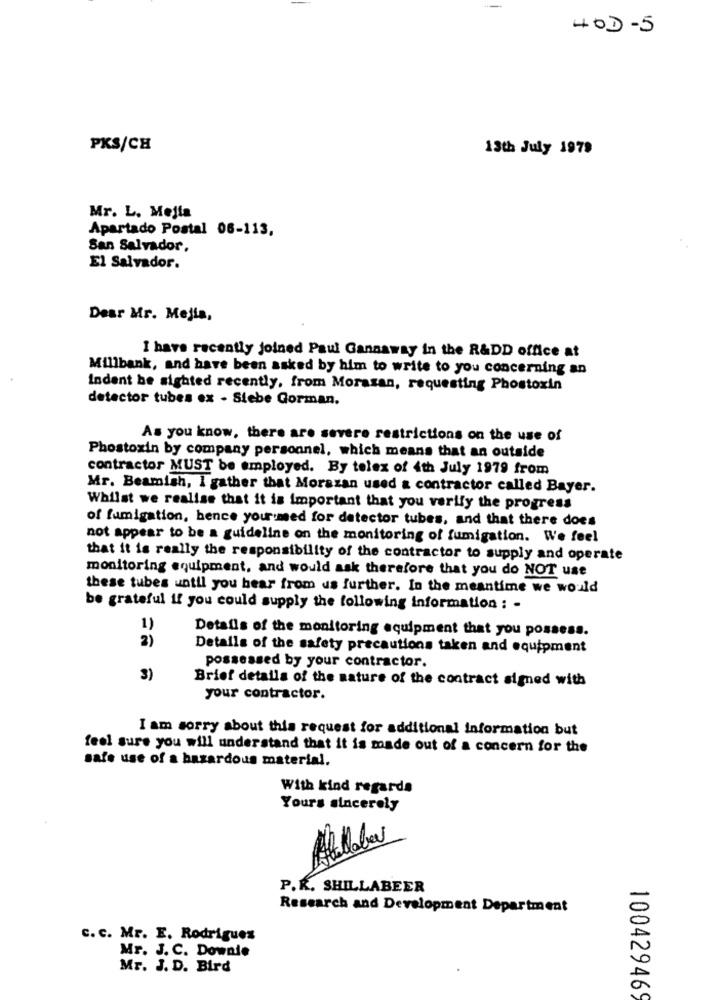
HOD-5
PKS/CH
13th July 1979
Mr. L. Mejla
Apartado Postal 06-113,
San Salvador,
El Salvador.
Dear Mr. Mejis,
I have recently joined Paul Gannaway in the R&DD office at
Millbank, and have been asked by him to write to you concerning an
Indent be sighted recently, from Morazan, requesting Phostoxin
detector tubes ex - Siebe Gorman.
As you know, there are severe restrictions on the use of
Phostoxin by company personnel, which means that an outside
contractor MUST be employed. By telex of 4th July 1979 from
Mr. Beamish, I gather that Morazan used a contractor called Bayer.
Whilst we realise that it is important that you verify the progress
of fumigation, hence your med for detector tubes, and that there does
not appear to be a guideline on the monitoring of fumigation. We feel
that it is really the responsibility of the contractor to supply and operate
monitoring equipment, and would ask therefore that you do NOT use
these tubes until you hear from us further. In the meantime we would
be grateful if you could supply the following information : -
1)
Details of the monitoring equipment that you possess.
2)
Details of the safety precautions taken and equipment
possessed by your contractor.
3)
Brief details of the nature of the contract signed with
your contractor.
I am sorry about this request for additional information but
feel sure you will understand that it is made out of a concern for the
safe use of a hazardous material.
With kind regards
Yours sincerely
P.K. SHILLABEER
Research and Development Department
C. C. Mr. E. Rodrigues
Mr. J. C. Downie
Mr. J. D. Bird
10042946